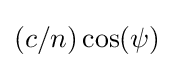
(c/n)\cos(\psi )